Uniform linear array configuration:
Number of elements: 32
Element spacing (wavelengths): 0.75
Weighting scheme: hann
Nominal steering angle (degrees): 30
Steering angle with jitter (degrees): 28.543
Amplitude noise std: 0.05
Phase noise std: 0.05

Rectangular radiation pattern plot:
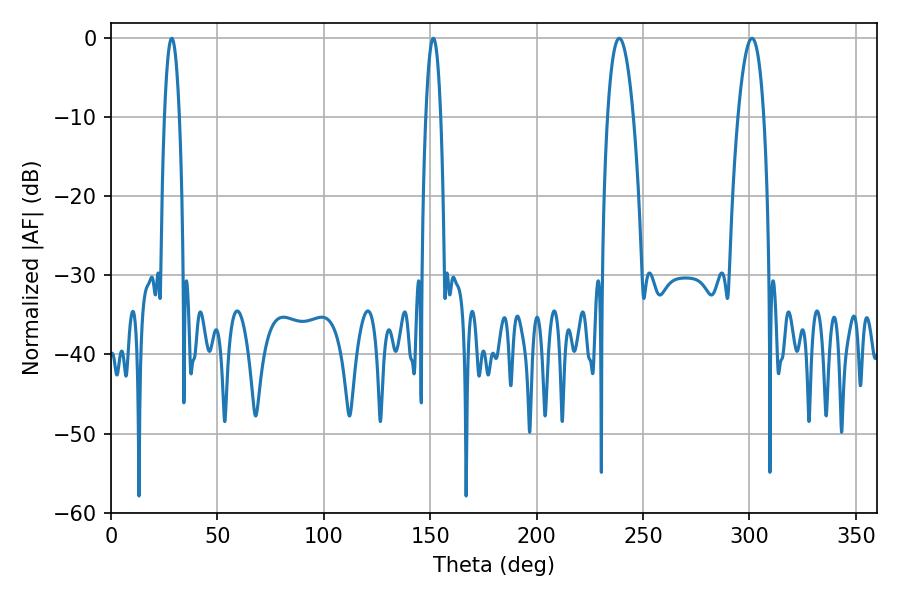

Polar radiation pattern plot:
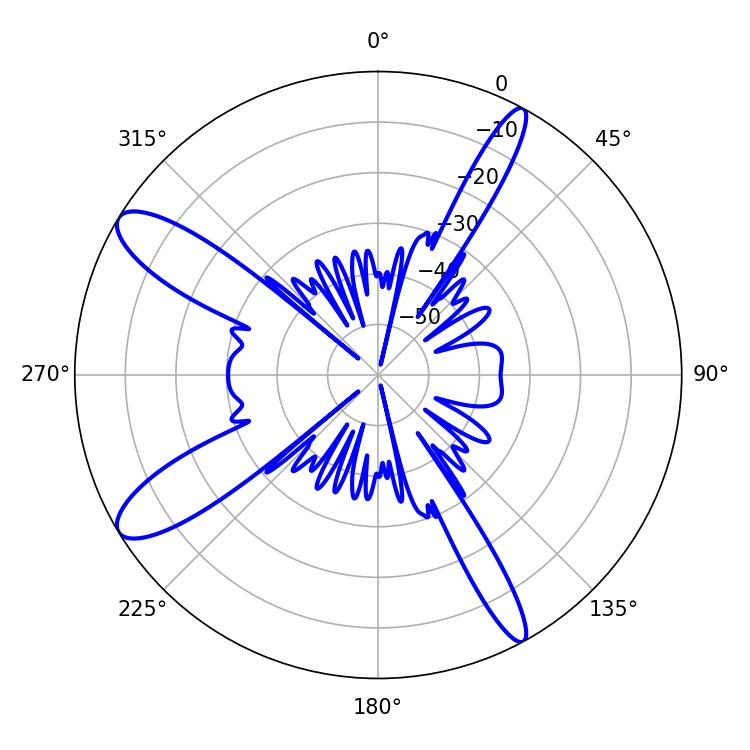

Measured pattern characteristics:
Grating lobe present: TRUE
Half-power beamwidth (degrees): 6.66
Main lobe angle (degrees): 238.86